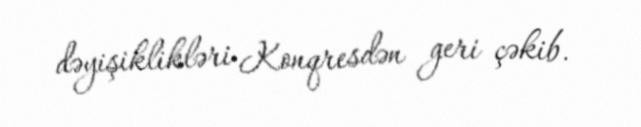
dəyişiklikləri Konqresdən geri çəkib.